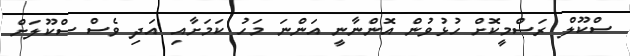
ސްކޫލް ރަސްމީކޮށް ހުޅުވުން އޮންނާނީ އަންނަ މަހު ކަަމަށާއި އަދި ވެސް ސްކޫލަށް